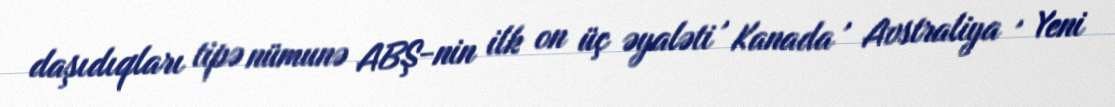
daşıdıqları tipə nümunə ABŞ-nin ilk on üç əyaləti , Kanada , Avstraliya , Yeni